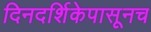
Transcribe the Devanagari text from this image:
दिनदर्शिकेपासूनच